Vabadussoja_Ajaloo_Komitee, lk 42
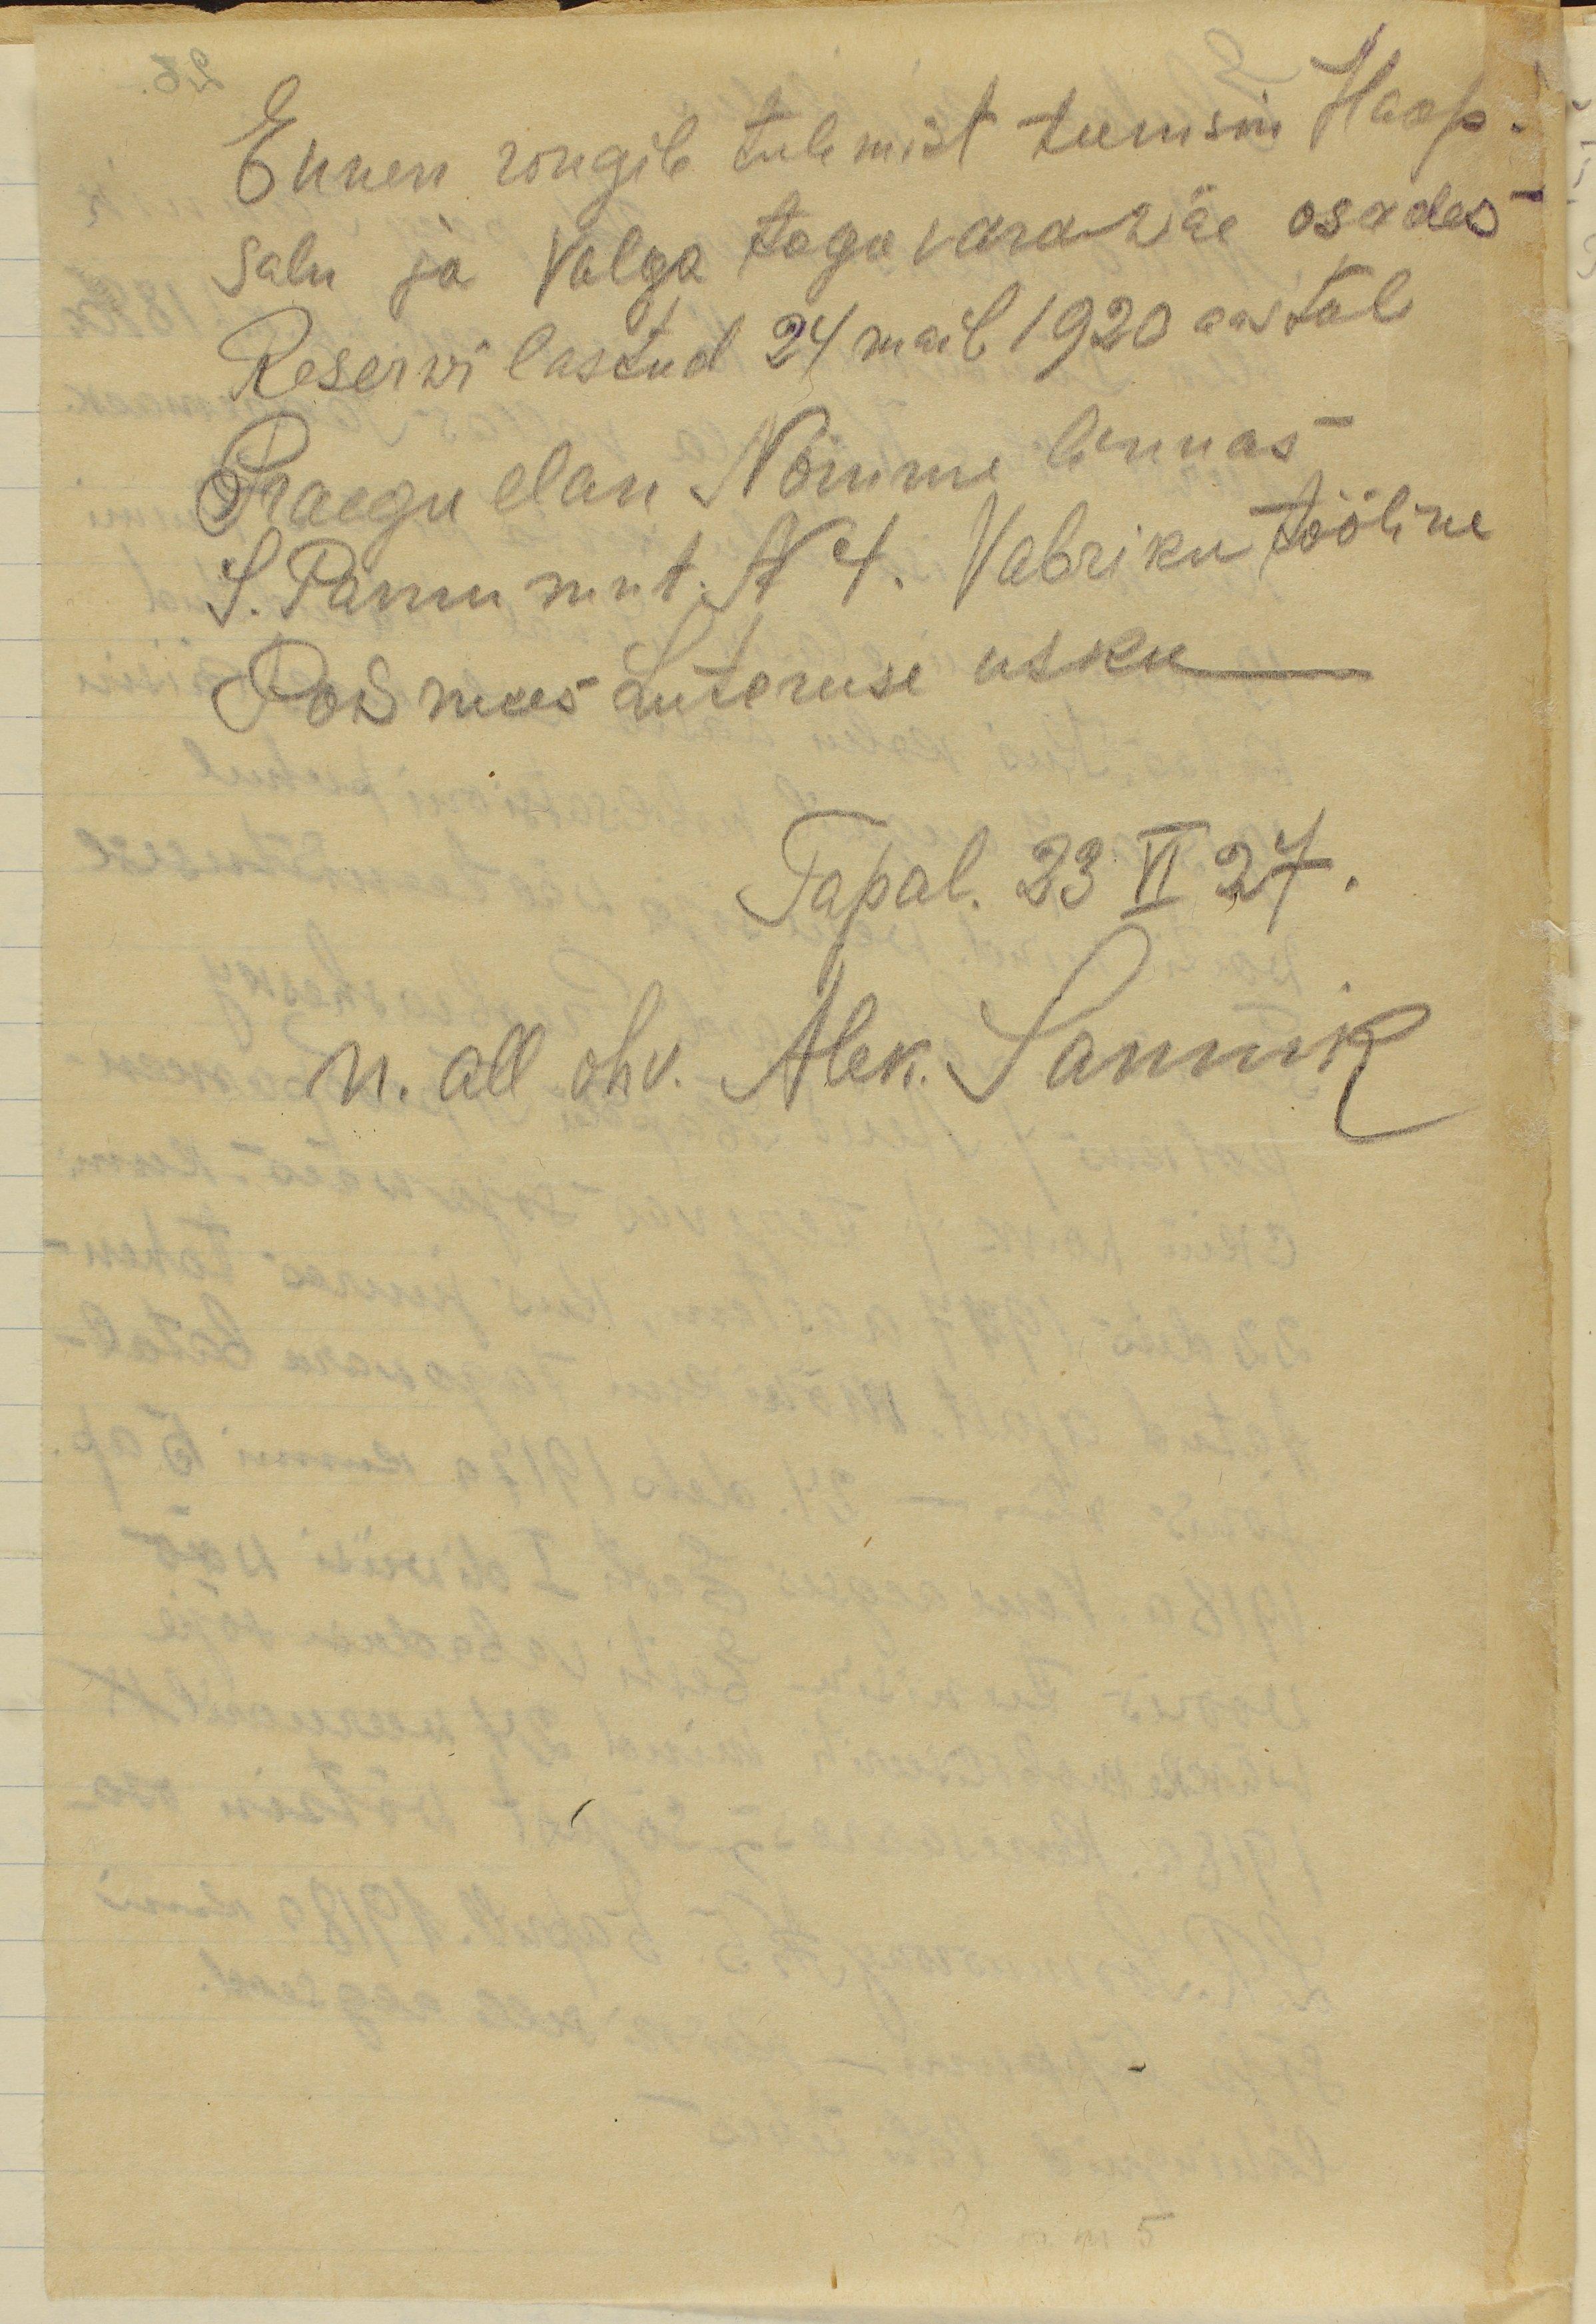
Ennem rongile tulemist teenisin Haap-
salu ja Valga tagavarawäe osades
Reserwi lastud 24 mail 1920 aastal
Praegu elan Nõmme linnas
S. Pärnu mnt N4. Vabriku tööline
Poismees Luteruse usku
Tapal 23 VI 27.
n. all ohv. Alek. Sannik